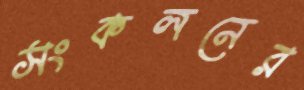
সংকলনের